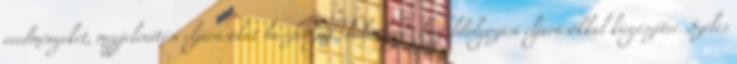
eredményeket, megjelenítési eljárásokat használják, különleges képfeldolgozási eljárásokkal kiegészítve. Széles